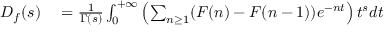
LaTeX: \begin{array} { r l } { D _ { f } ( s ) } & { { } = { \frac { 1 } { \Gamma ( s ) } } \int _ { 0 } ^ { + \infty } \left( \sum _ { n \geq 1 } ( F ( n ) - F ( n - 1 ) ) e ^ { - n t } \right) t ^ { s } d t } \end{array}